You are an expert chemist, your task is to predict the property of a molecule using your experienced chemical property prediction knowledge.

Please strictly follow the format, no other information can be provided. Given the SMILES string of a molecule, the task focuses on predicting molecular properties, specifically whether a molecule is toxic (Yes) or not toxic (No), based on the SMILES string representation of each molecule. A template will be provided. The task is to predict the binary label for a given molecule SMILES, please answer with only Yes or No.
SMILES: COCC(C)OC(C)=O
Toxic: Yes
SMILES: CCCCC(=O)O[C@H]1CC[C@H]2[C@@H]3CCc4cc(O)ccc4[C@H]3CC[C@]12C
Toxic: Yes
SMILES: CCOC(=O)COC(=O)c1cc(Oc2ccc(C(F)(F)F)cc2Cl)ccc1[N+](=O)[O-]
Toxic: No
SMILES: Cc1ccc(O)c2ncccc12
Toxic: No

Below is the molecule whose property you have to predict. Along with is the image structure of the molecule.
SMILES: O=C1CC(=O)NC(=O)N1
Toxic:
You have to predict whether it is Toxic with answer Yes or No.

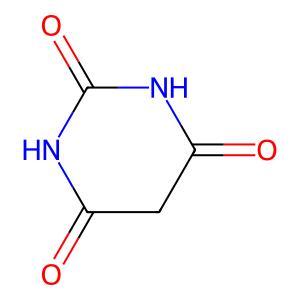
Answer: No